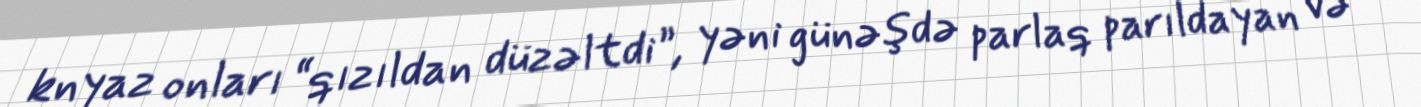
knyaz onları “qızıldan düzəltdi”, yəni günəşdə parlaq parıldayan və